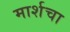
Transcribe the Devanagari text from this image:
मार्शचा